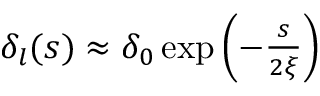
\begin{array} { r } { \delta _ { l } ( s ) \approx \delta _ { 0 } \exp \left( - \frac { s } { 2 \xi } \right) } \end{array}